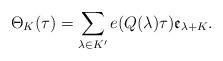
LaTeX: \begin{align*} \Theta_{K}(\tau)=\sum_{\lambda\in K'}e(Q(\lambda)\tau)\mathfrak{e}_{\lambda+K}.\end{align*}